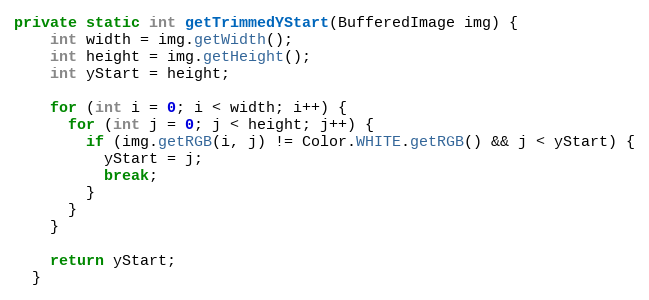
Language: Java
private static int getTrimmedYStart(BufferedImage img) {
    int width = img.getWidth();
    int height = img.getHeight();
    int yStart = height;

    for (int i = 0; i < width; i++) {
      for (int j = 0; j < height; j++) {
        if (img.getRGB(i, j) != Color.WHITE.getRGB() && j < yStart) {
          yStart = j;
          break;
        }
      }
    }

    return yStart;
  }